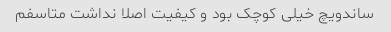
ساندویچ خیلی کوچک بود و کیفیت اصلا نداشت متاسفم